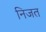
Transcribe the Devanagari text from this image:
निजत